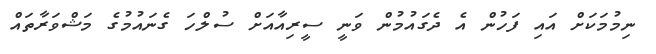
ނިމުމަކަށް އައި ފަހުން އެ ދެގައުމުން ވަނީ ސީރިއާއަށް ސުލްހަ ގެނައުމުގެ މަޝްވަރާތައް